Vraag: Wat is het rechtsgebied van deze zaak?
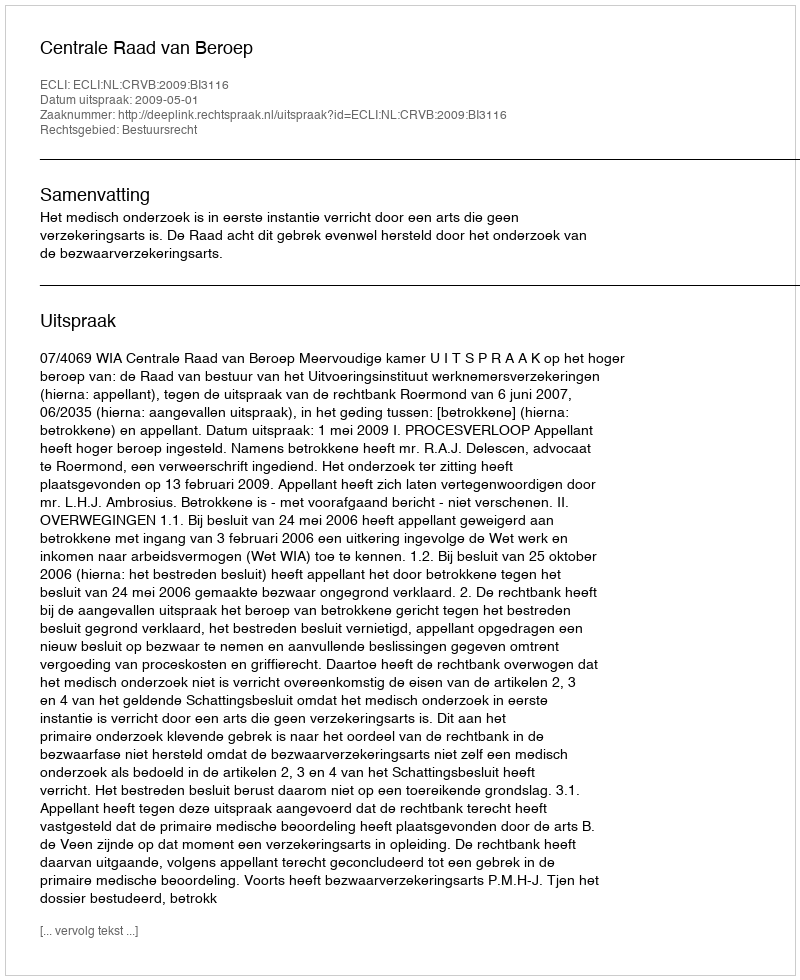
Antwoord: Bestuursrecht